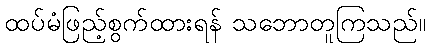
ထပ်မံဖြည့်စွက်ထားရန် သဘောတူကြသည်။